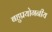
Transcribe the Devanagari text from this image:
बहुप्रयोगनीय